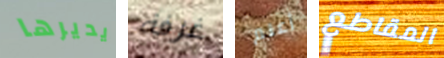
يديرها غرفة أعلم المقاطع